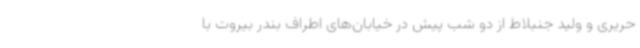
حریری و ولید جنبلاط از دو شب پیش در خیابان‌های اطراف بندر بیروت با